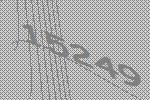
15249